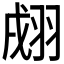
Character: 𦐴